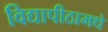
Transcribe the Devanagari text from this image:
विद्यापीठामधे